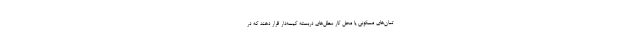
تمان‌های‌ مسکونی یا محل کار سطل‌های دربسته کیسه‌دار قرار دهند که در